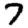
Digit: 7